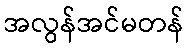
အလွန်အင်မတန်